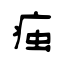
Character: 痋